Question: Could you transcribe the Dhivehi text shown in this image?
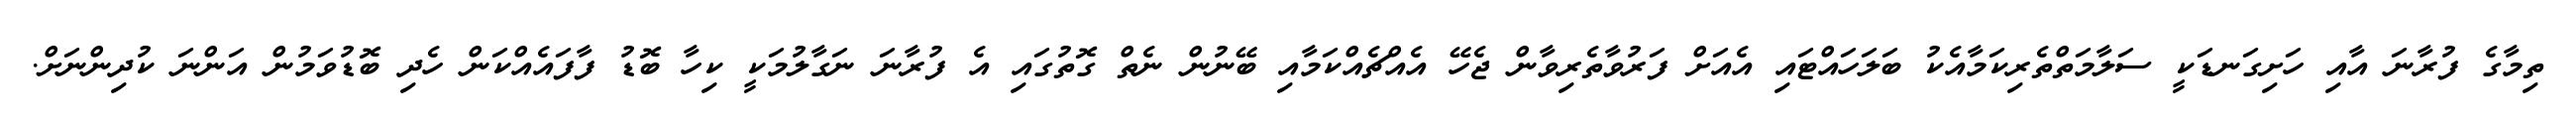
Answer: ތިމާގެ ފުރާނަ އާއި ހަށިގަނޑަކީ ސަލާމަތްތެރިކަމާއެކު ބަލަހައްޓައި އެއަށް ފަރުވާތެރިވާން ޖެހޭ އެއްޗެއްކަމާއި ބޭނުން ނެތް ގޮތުގައި އެ ފުރާނަ ނަގާލުމަކީ ކިހާ ބޮޑު ފާފައެއްކަން ހެދި ބޮޑުވަމުން އަންނަ ކުދިންނަށް.